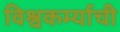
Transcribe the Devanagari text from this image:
विश्वकर्म्याची